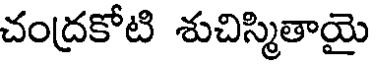
చంద్రకోటి శుచిస్మితాయై